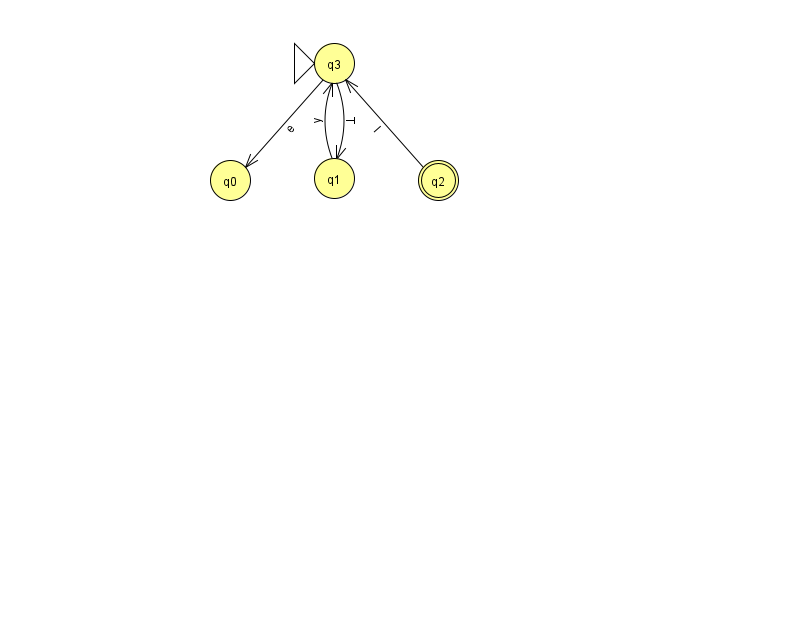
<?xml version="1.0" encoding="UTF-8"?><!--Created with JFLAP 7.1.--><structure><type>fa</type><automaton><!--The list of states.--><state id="0" name="q0"><x>230.0</x><y>167.0</y></state><state id="1" name="q1"><x>334.0</x><y>165.0</y></state><state id="2" name="q2"><x>438.0</x><y>167.0</y><final/></state><state id="3" name="q3"><x>334.0</x><y>50.0</y><initial/></state><!--The list of transitions.--><transition><from>3</from><to>0</to><read>e</read></transition><transition><from>3</from><to>1</to><read>T</read></transition><transition><from>1</from><to>3</to><read>y</read></transition><transition><from>2</from><to>3</to><read>I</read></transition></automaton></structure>